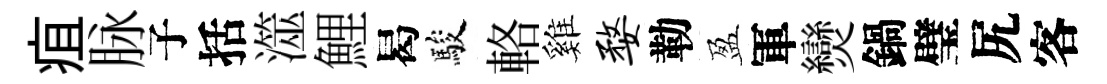
疽脉子括澨鯉曷駿輅雞婺勒盈軍𤓖鍋璧尻客